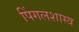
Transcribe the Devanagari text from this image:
पिंगलशास्त्र